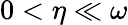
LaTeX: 0<\eta\ll\omega